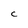
Character: c